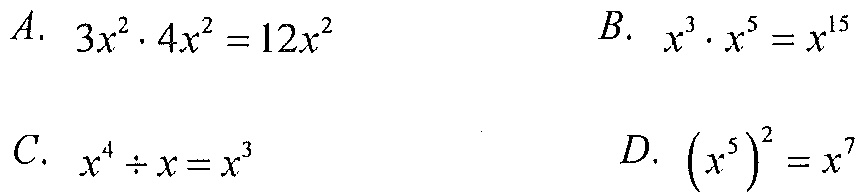
A. \(3x^{2}\cdot4x^{2}=12x^{2}\)
B. \(x^{3}\cdot x^{5}=x^{15}\)
C. \(x^{4}\div x = x^{3}\)
D. \(\left(x^{5}\right)^{2}=x^{7}\)